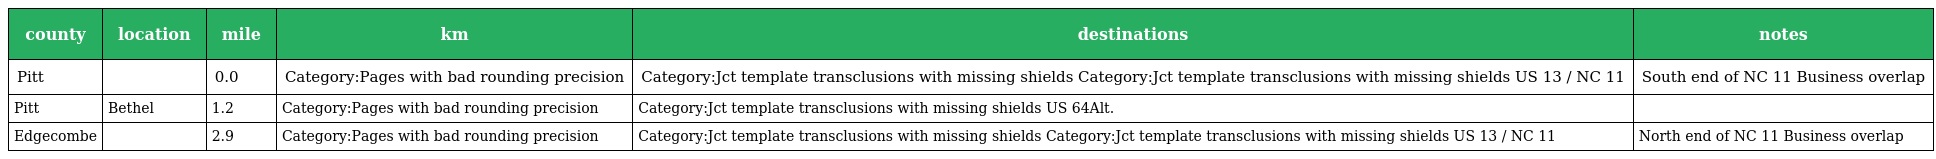
| county | location | mile | km | destinations | notes |
 | --- | --- | --- | --- | --- | --- |
 | Pitt |  | 0.0 | Category:Pages with bad rounding precision | Category:Jct template transclusions with missing shields Category:Jct template transclusions with missing shields US 13 / NC 11 | South end of NC 11 Business overlap |
 | Pitt | Bethel | 1.2 | Category:Pages with bad rounding precision | Category:Jct template transclusions with missing shields US 64Alt. |  |
 | Edgecombe |  | 2.9 | Category:Pages with bad rounding precision | Category:Jct template transclusions with missing shields Category:Jct template transclusions with missing shields US 13 / NC 11 | North end of NC 11 Business overlap |